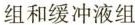
组和缓冲液组